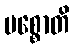
မစ္စောတိ